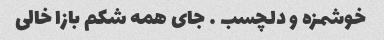
خوشمزه و دلچسب … جای همه شکم بازا خالی